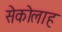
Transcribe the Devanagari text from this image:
सेकोलाह